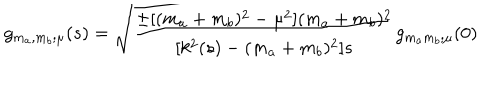
g _ { m _ { a } , m _ { b } ; \mu } ( s ) = \sqrt { { \frac { \pm [ ( m _ { a } + m _ { b } ) ^ { 2 } - \mu ^ { 2 } ] ( m _ { a } + m _ { b } ) ^ { 2 } } { [ k ^ { 2 } ( s ) - ( m _ { a } + m _ { b } ) ^ { 2 } ] s } } } g _ { m _ { a } m _ { b } ; \mu } ( 0 )